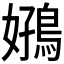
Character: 𫚻